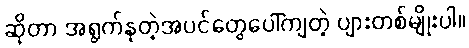
ဆိုတာ အရွက်နုတဲ့အပင်တွေပေါ်ကျတဲ့ ပျားတစ်မျိုးပါ။